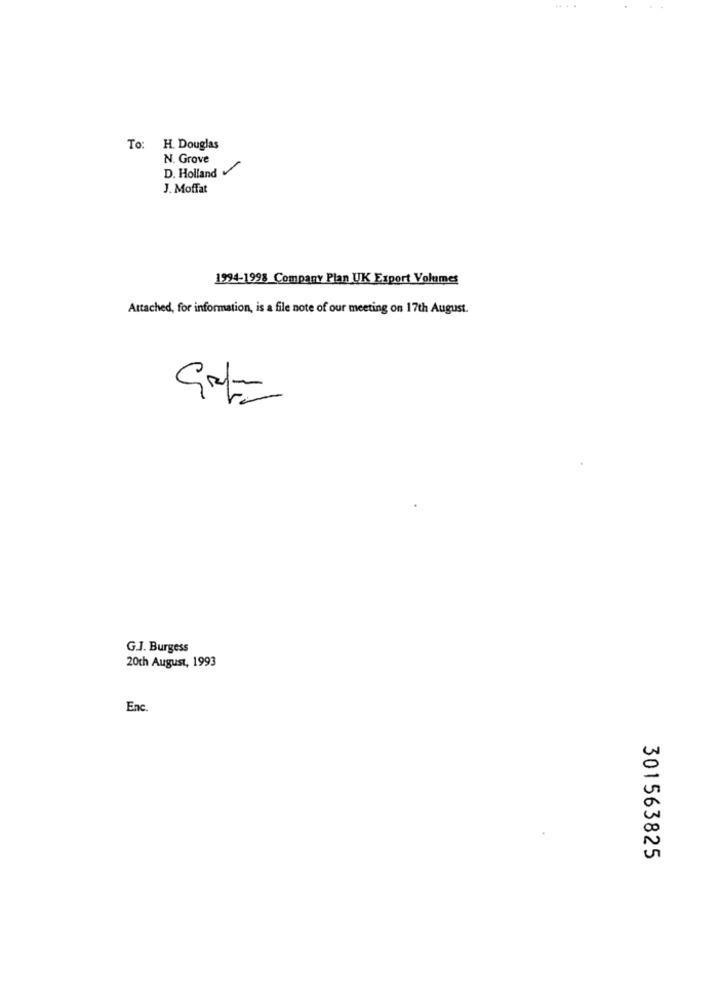
....
To: H. Douglas
N. Grove
D. Holland
J. Moffat
1994-1998 Company Plan UK Export Volumes
Attached, for information, is a file note of our meeting on 17th August.
G.J. Burgess
20th August, 1993
Enc.
301563825